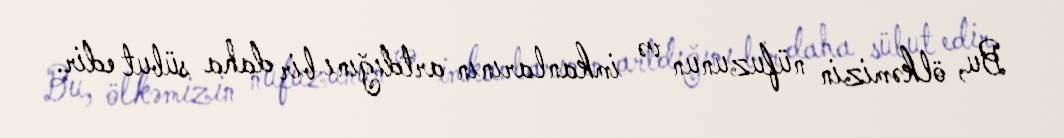
Bu, ölkəmizin nüfuzunun və imkanlarının artdığını bir daha sübut edir.